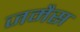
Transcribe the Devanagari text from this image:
जमैस